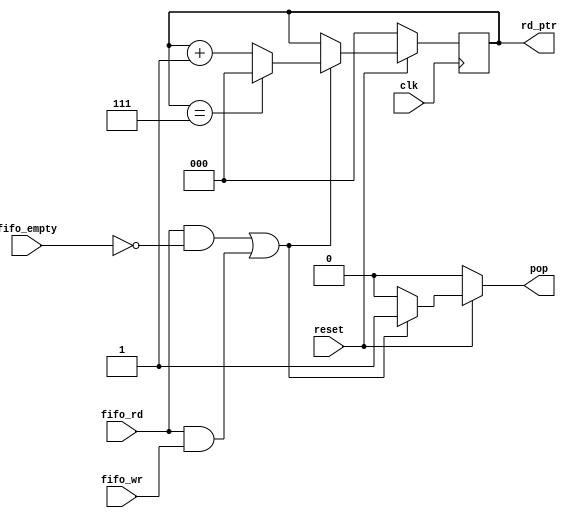
module read_logic 
#(                              // Se definen los parmetros de construccin
    parameter MEM_SIZE = 8,     // Tamao de la memoria
    parameter WORD_SIZE = 10,   // Cantidad de bits de cada palabra
    parameter PTR = 3           // Cantidad de bits para el puntero
)
(                            // Se definen las entradas y salidas del mdulo
    input fifo_rd,           // Se utiliza como senal de control de lectura
    input fifo_wr,           // Se utiliza como seal de control de escritura
    input fifo_empty,        // seal fifo_empty, indicacin fifo vaco
    input clk,               // Seal de reloj
    input reset,             // Seal de reset
    output reg [PTR-1:0] rd_ptr,  // Seal de salida, indicador puntero lectura
    output reg pop                // Seal de pop, indicador de leer en memoria
);

// Se realiza la descripcin para la seal de control push, 
// utilizando el estado (bajo o alto) de las seales fifo_rd y fifo_empty
always @(*) begin
    if (reset) begin
        // Cuando reset est en alto
        // Dos casos vlidos:
        //          1) se est leyendo y el fifo no est vaco
        //          2) se est leyendo y se est escribiendo 
        if ((fifo_rd && !fifo_empty) || (fifo_rd && fifo_wr)) begin
            pop = 1; // seal de pop en alto 
        end
        else begin   // casos contrarios
            pop = 0; // Est vaco el fifo y se intenta leer
        end
    end
    else begin
        // Cuando reset est en bajo
        pop=0; // pop va a estar en cero, pues no se puede leer
    end
    
end


// Se realiza la descripcin para el puntero de lectura, 
// utilizando el estado (bajo o alto) de las seales fifo_rd y fifo_empty
always @(posedge clk) begin
    if (!reset) begin
        // Cuando reset est en bajo
        rd_ptr <= 0; // puntero de lectura es cero
    end 
    else begin
        // Cuando reset est en alto
        // Dos casos vlidos:
        //          1) se est leyendo y el fifo no est vaco
        //          2) se est leyendo y se est escribiendo
        if ((fifo_rd && !fifo_empty) || (fifo_rd && fifo_wr)) begin
            rd_ptr <= rd_ptr + 1; // se suma uno al puntero para apuntar a la siguiente casilla
            
            // si el puntero llega a apuntar al ltimo espacio en MEM, se debe reiniciar
            if (rd_ptr == MEM_SIZE-1) begin 
                rd_ptr <= 0; // se reinicia el puntero al valor ms bajo
            end
        end 
    end
end

endmodule